画像に写った文字を読んでください
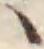
「ヽ」と書いてあります